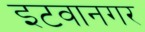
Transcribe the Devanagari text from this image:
इटवानगर